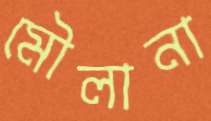
মৌলানা